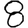
Digit: 8